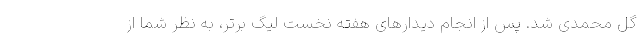
گل محمدی شد. پس از انجام دیدارهای هفته نخست لیگ برتر، به نظر شما از